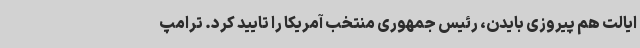
ایالت هم پیروزی بایدن، رئیس جمهوری منتخب آمریکا را تایید کرد. ترامپ